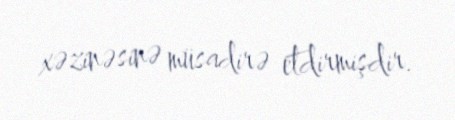
xəzinəsinə müsadirə etdirmişdir.